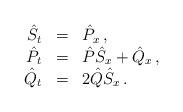
LaTeX: \begin{align*}\begin{array}{rcl}{\hat S}_t & = & {\hat P}_x \,, \\{\hat P}_t & = & {\hat P}{\hat S}_x+{\hat Q}_x \,, \\{\hat Q}_t & = & {2} {\hat Q} {\hat S}_x\,.\end{array}\end{align*}